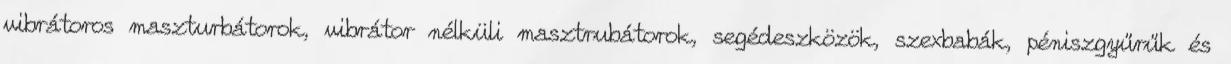
vibrátoros maszturbátorok, vibrátor nélküli masztrubátorok, segédeszközök, szexbabák, péniszgyűrűk és